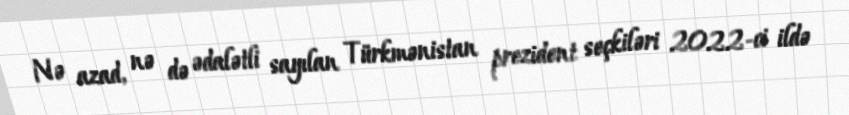
Nə azad, nə də ədalətli sayılan Türkmənistan prezident seçkiləri 2022-ci ildə